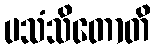
ပသံသိတောတိ